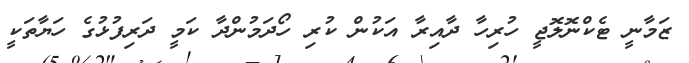
ޒަމާނީ ޓެކްނޮލޮޖީ ހުރިހާ ދާއިރާ އަކުން ކުރި ހޯދަމުންދާ ކަމީ ދަރިފުޅުގެ ހަޔާތަކީ